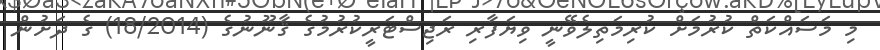
މި މަސައްކަތް ކުރުމަށް ކުރިމަތިލެވޭނީ ވިޔަފާރި ރަޖިސްޓަރީކުރުމުގެ ޤާނޫނުގެ (18/2014) ގެ ދަށުން